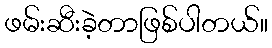
ဖမ်းဆီးခဲ့တာဖြစ်ပါတယ်။